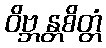
ဝိဗ္ဘန္တစိတ္တံ